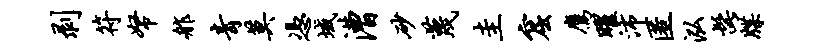
剥符帑舴青莫凭域漕砂蔑圭窟鹰曜沛匿泓髭牒